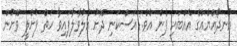
އުނދޯއްޔެއްގެ އެއްބައި ފެނެ އެވެ. އަސްކަނި ދޮށު އެލުވާލާފައިވާ ހަތް ފުށްލީ ވޮށުން